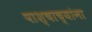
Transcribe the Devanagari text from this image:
पाश्चाच्यांना